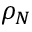
\rho _ { N }